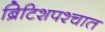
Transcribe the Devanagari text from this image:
ब्रिटिशपश्चात